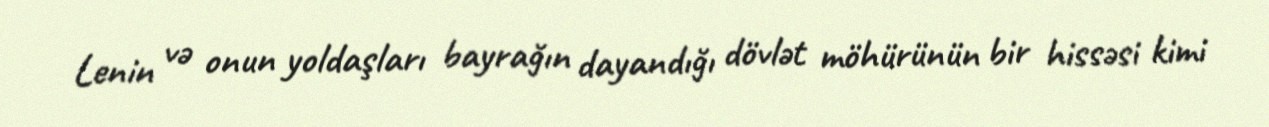
Lenin və onun yoldaşları bayrağın dayandığı dövlət möhürünün bir hissəsi kimi